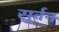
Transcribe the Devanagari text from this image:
सुर्वन